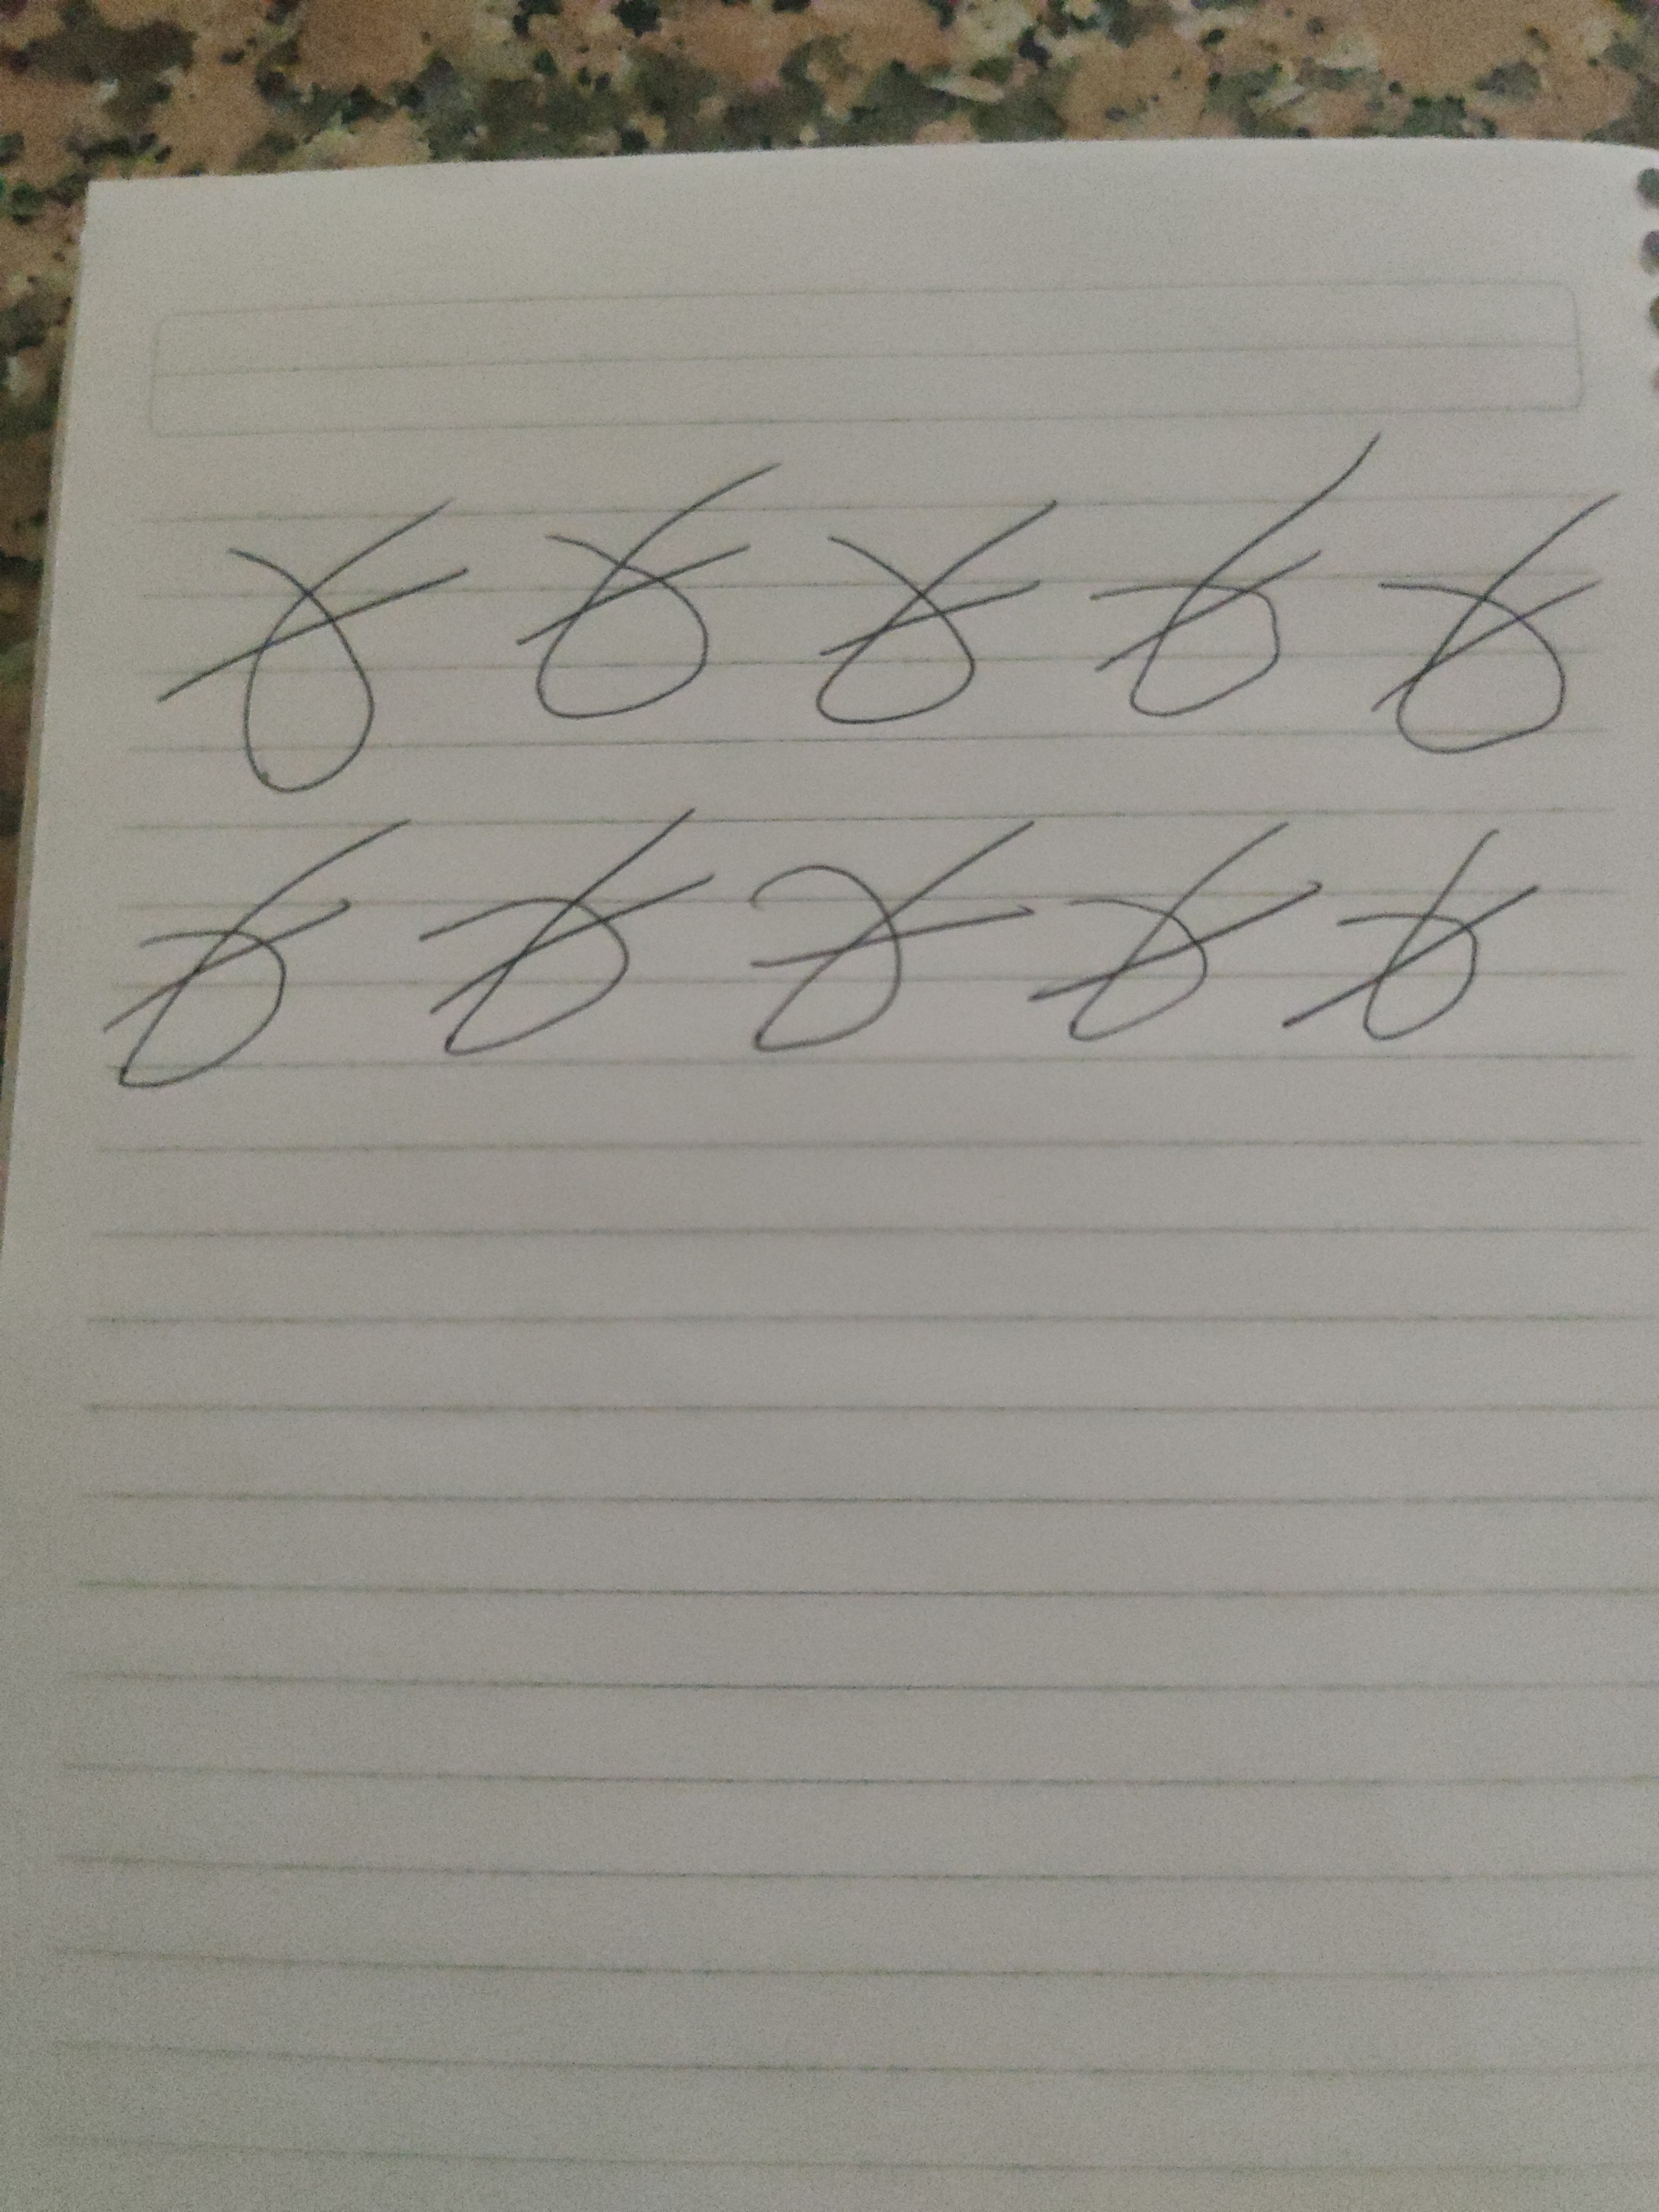
Signature authenticity: forged